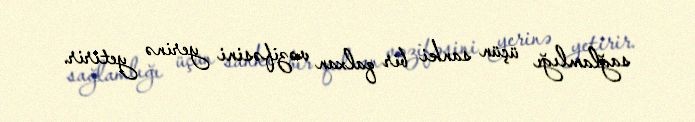
sağlamlığı üçün sanki bir qalxan vəzifəsini yerinə yetirir.